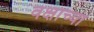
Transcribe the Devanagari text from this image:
वक्षाच्या